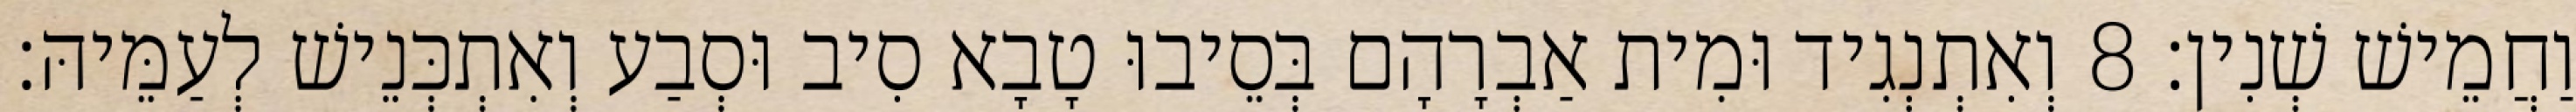
וַחֲמֵישׁ שְׁנִין׃ 8 וְאִתְנְגִיד וּמִית אַבְרָהָם בְּסֵיבוּ טָבָא סִיב וּסְבַע וְאִתְכְּנֵישׁ לְעַמֵּיהּ׃